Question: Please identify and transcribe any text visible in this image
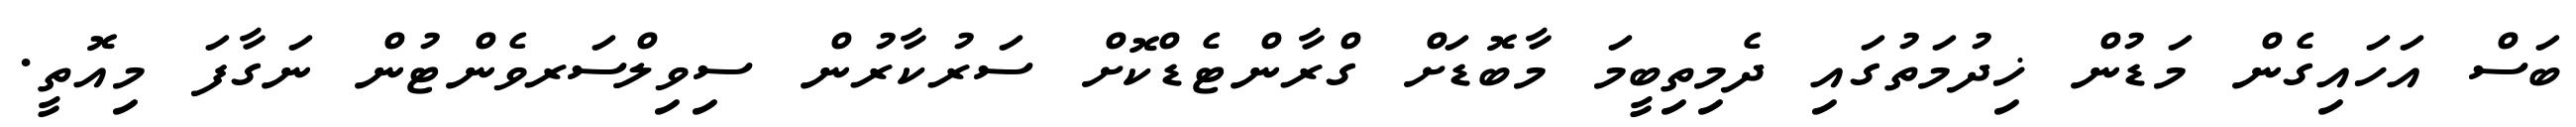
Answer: ބަސް އަހައިގެން މަޑުން ޚިދުމަތުގައި ދެމިތިބީމަ މާބޮޑަށް ގްރާންޓެޑްކޮށް ސަރުކާރުން ސިވިލްސަރވެންޓުން ނަގާފަ މިއޮތީ.